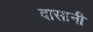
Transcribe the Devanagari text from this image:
दासानी